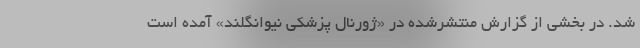
شد. در بخشی از گزارش منتشرشده در «ژورنال پزشکی نیوانگلند» آمده است